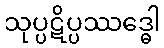
သုပ္ပဋိပ္ပဿဒ္ဓေါ